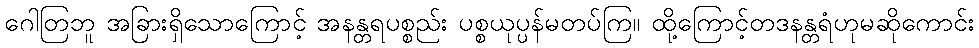
ဂေါတြဘူ အခြားရှိသောကြောင့် အနန္တရပစ္စည်း ပစ္စယုပ္ပန်မတပ်ကြ။ ထို့ကြောင့်တဒနန္တရံဟုမဆိုကောင်း